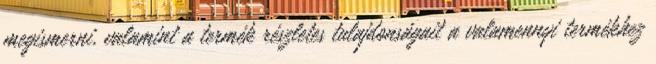
megismerni, valamint a termék részletes tulajdonságait a valamennyi termékhez